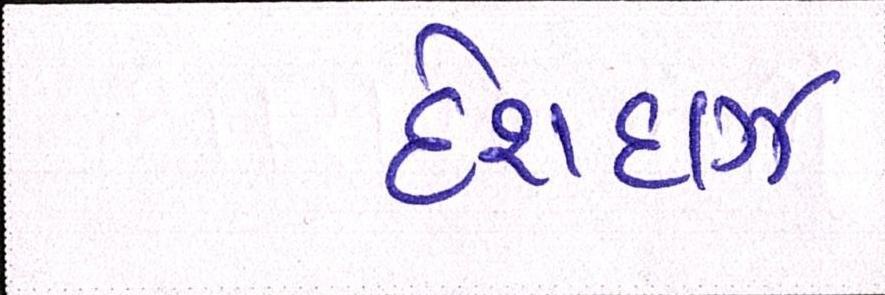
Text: દેશદાઝ